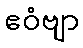
ဧဝံဗျာ